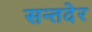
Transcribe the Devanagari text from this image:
सन्तदेर